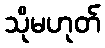
သိုမဟုတ်